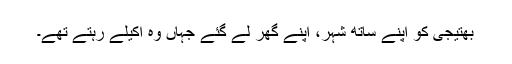
بھتیجی کو اپنے ساتھ شہر، اپنے گھر لے گئے جہاں وہ اکیلے رہتے تھے۔